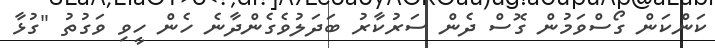
ކަންކަން ގޯސްވަމުން ގޮސް ދެން ސަރުކާރު ބަދަލުވެގެންދާނެ ހެން ހީވި ވަގުތު "ގުޅާ